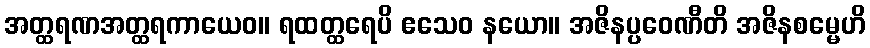
အတ္ထရဏအတ္ထရကာယေဝ။ ရထတ္ထရေပိ ဧသေဝ နယော။ အဇိနပ္ပဝေဏီတိ အဇိနစမ္မေဟိ